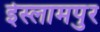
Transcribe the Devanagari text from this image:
ईस्लामपुर